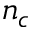
n _ { c }